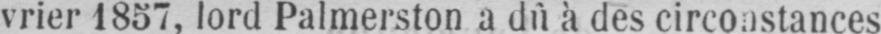
vrier 1857, lord Palmerston a dû à des circonstances